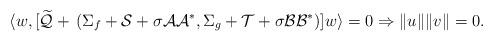
LaTeX: \begin{align*}\langle w, [\widetilde{\mathcal{Q}}+\,(\Sigma_f + \mathcal{S}+\sigma\mathcal{A}\mathcal{A}^*, \Sigma_g + \mathcal{T} + \sigma\mathcal{B}\mathcal{B}^*)]w\rangle = 0 \Rightarrow \|u\|\|v\| = 0.\end{align*}